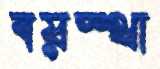
বয়স্থা